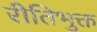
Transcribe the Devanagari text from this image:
रीतिभुक्त